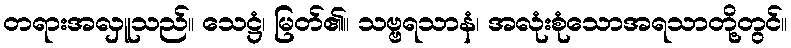
တရားအလှူသည်။ သေဋ္ဌံ၊ မြတ်၏။ သဗ္ဗရသာနံ၊ အလုံးစုံသောအရသာတို့တွင်။